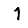
Digit: 1